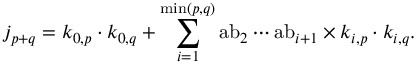
j _ { p + q } = k _ { 0 , p } \cdot k _ { 0 , q } + \sum _ { i = 1 } ^ { \operatorname* { m i n } ( p , q ) } { \mathrm { a b } } _ { 2 } \cdots { \mathrm { a b } } _ { i + 1 } \times k _ { i , p } \cdot k _ { i , q } .